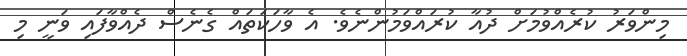
މިންވަރު ކުރެއްވުމަށް ދުއާ ކުރައްވަމުންނެވެ. އެ ވާހަކަތައް ގެނެސް ދެއްވާފައި ވަނީ މި